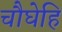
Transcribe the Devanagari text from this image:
चौघेहि